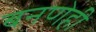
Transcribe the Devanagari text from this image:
बनणेही